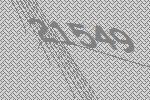
21549